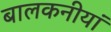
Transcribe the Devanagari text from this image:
बालकनीयां